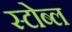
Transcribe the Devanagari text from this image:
स्टोब्ल